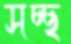
সচ্ছ